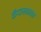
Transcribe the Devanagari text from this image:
कॅप्टनकाका